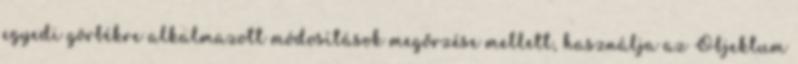
egyedi görbékre alkalmazott módosítások megőrzése mellett, használja az Objektum